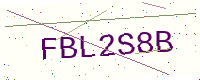
Text: FBL2S8B